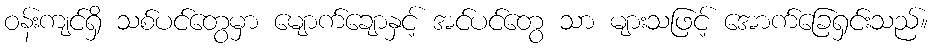
ဝန်းကျင်ရှိ သစ်ပင်တွေမှာ မျောက်ချောနှင့် အင်ပင်တွေ သာ များသဖြင့် အောက်ခြေရှင်းသည်။